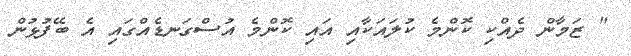
" ޒަމާން ދެއްކި ކޮންމެ ކުލައަކާއި އައި ކޮންމެ އުސްގަނޑެއްގައި އެ ބޭފުޅުން